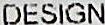
DESIGN